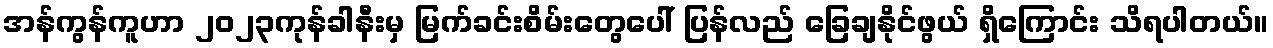
အန်ကွန်ကူဟာ ၂၀၂၃ကုန်ခါနီးမှ မြက်ခင်းစိမ်းတွေပေါ် ပြန်လည် ခြေချနိုင်ဖွယ် ရှိကြောင်း သိရပါတယ်။